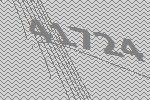
41724